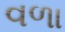
વળા